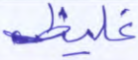
غليظ